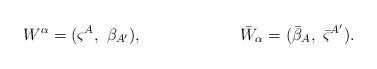
LaTeX: \begin{align*}W^{\alpha} = (\varsigma^{A},\ \beta_{A^\prime}),\qquad \qquad \qquad{\bar W}_{\alpha} = ({\bar \beta_{A}},\ {\bar\varsigma}^{A^\prime}).\end{align*}